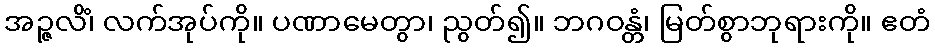
အဉ္ဇလိံ၊ လက်အုပ်ကို။ ပဏာမေတွာ၊ ညွတ်၍။ ဘဂဝန္တံ၊ မြတ်စွာဘုရားကို။ ဧတံ